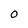
Character: 0